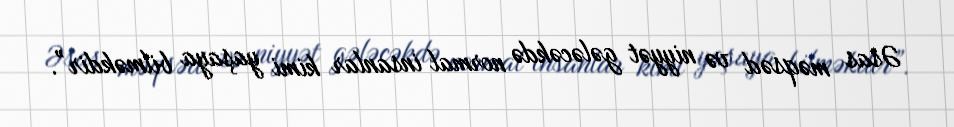
Əsas məqsəd və niyyət gələcəkdə normal insanlar kimi yaşaya bilməkdir”.